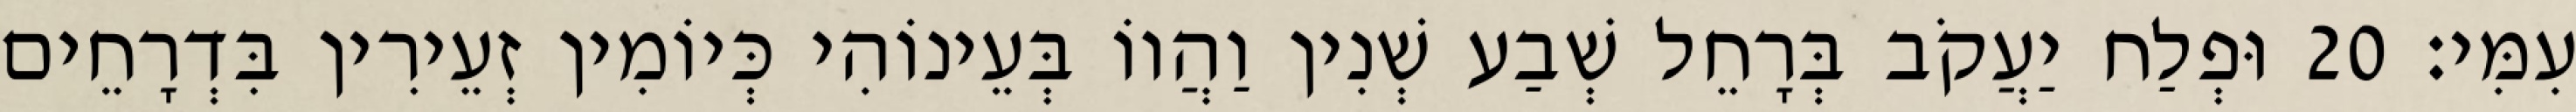
עִמִּי׃ 20 וּפְלַח יַעֲקֹב בְּרָחֵל שְׁבַע שְׁנִין וַהֲווֹ בְּעֵינוֹהִי כְּיוֹמִין זְעֵירִין בִּדְרָחֵים